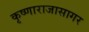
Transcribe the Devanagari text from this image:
कृष्णाराजासागर